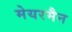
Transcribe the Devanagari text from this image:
मेयरमैन